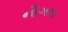
નૌગલ